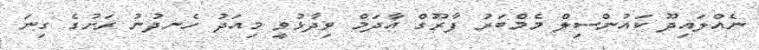
ނެއްލައިދޫ ކައުންސިލް މެމްބަރު ފާރޫގް އާދަމް ވިދާޅުވީ މިއަދު ހެނދުނު ރަށުގެ ގިނަ